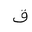
Letter: _qaf